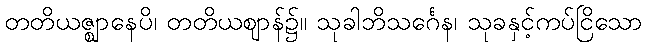
တတိယဇ္ဈာနေပိ၊ တတိယဈာန်၌။ သုခါဘိသင်္ဂေန၊ သုခနှင့်ကပ်ငြိသော